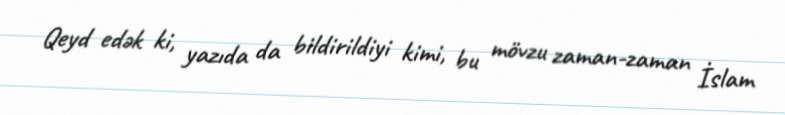
Qeyd edək ki, yazıda da bildirildiyi kimi, bu mövzu zaman-zaman İslam